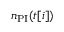
n _ { \mathrm { P I } } ( t [ i ] )